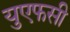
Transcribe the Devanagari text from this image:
युएफसी